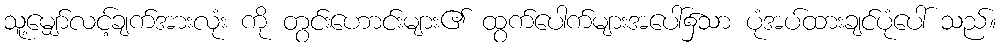
သူ့မျှော်လင့်ချက်အားလုံး ကို တွင်းဟောင်းများ၏ ထွက်ပေါက်များအပေါ်၌သာ ပုံအပ်ထားချင်ပုံပေါ် သည်။